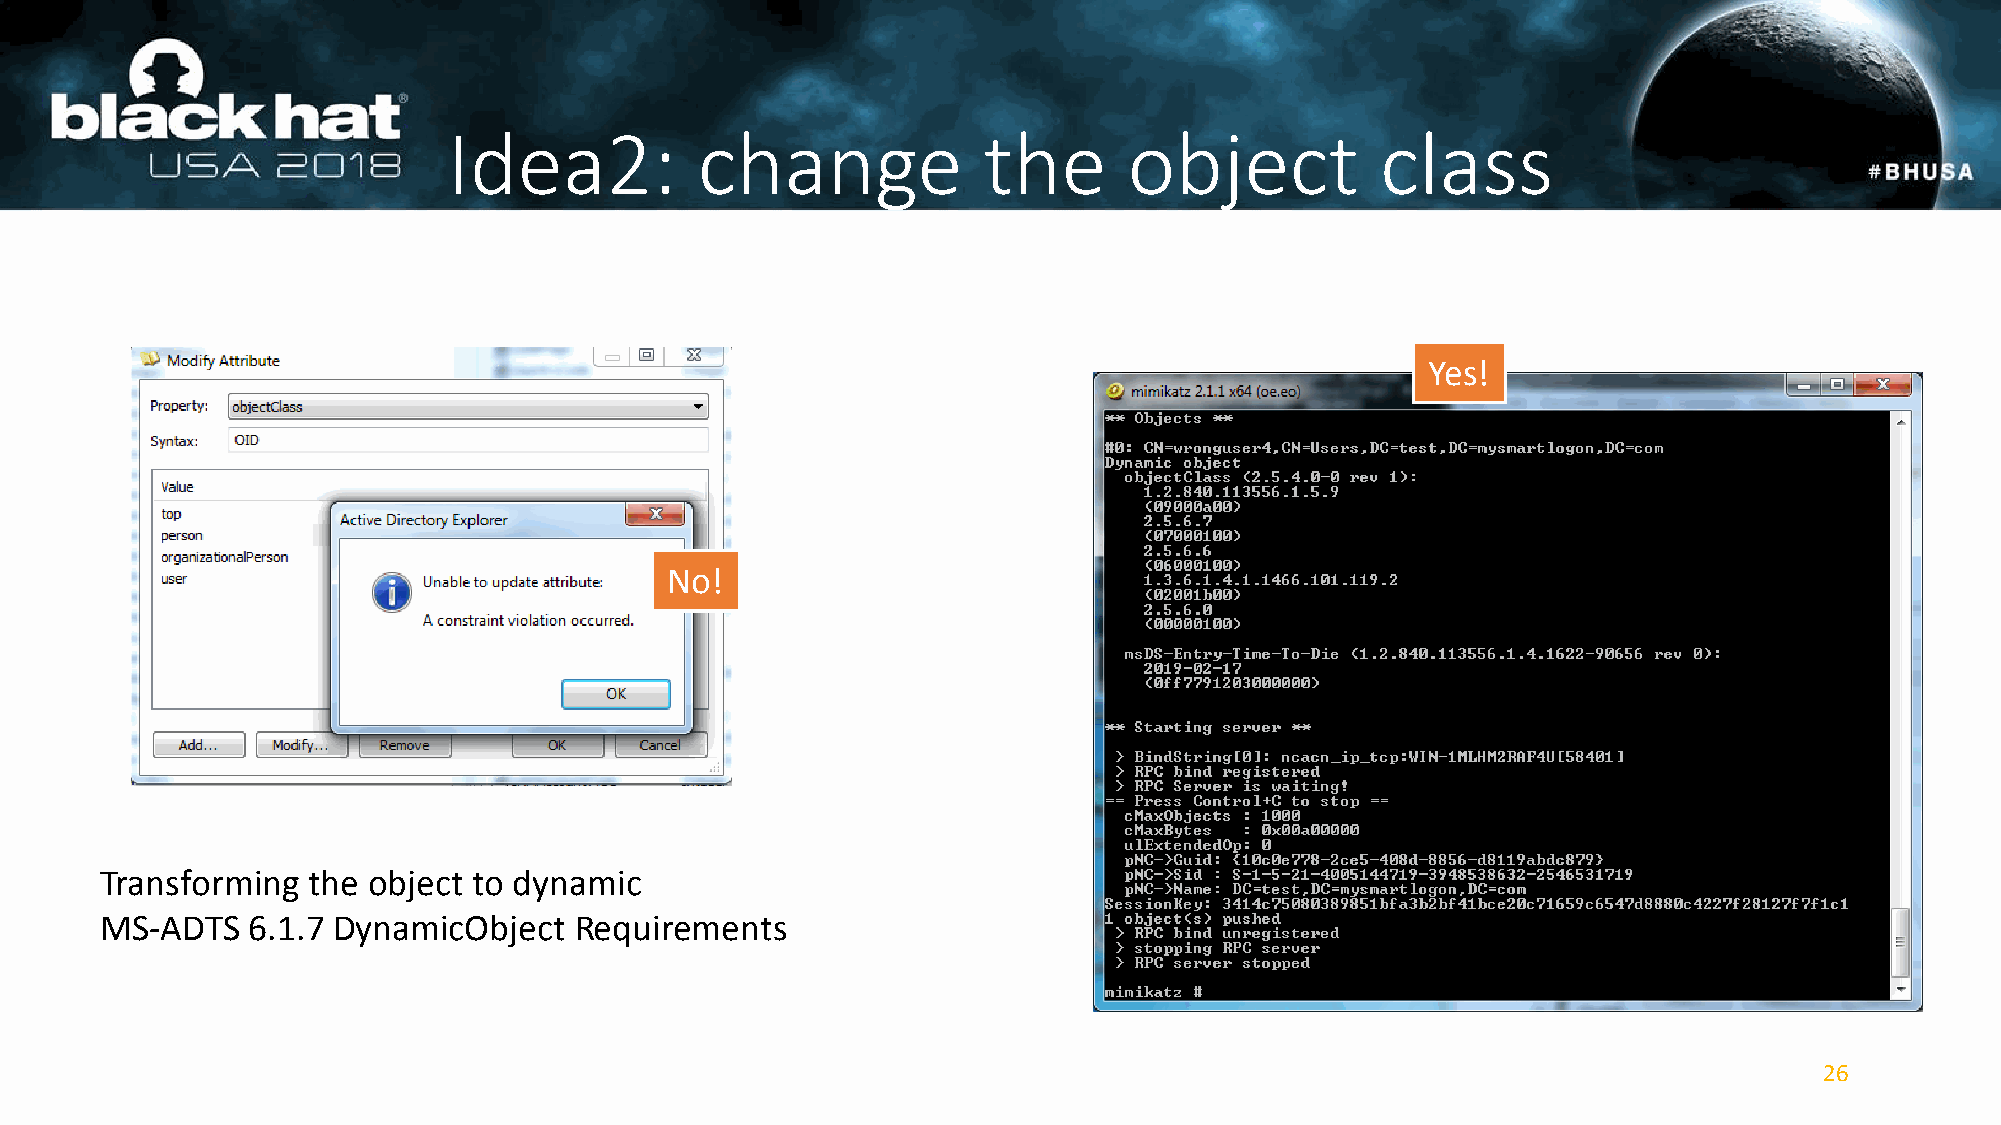
Idea2:          change             the       object          class
 Yes!
 No!
 Transforming the object to dynamic
 MS-ADTS  6.1.7 DynamicObject   Requirements
 26